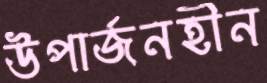
উপার্জনহীন